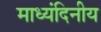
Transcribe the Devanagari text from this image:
माध्यंदिनीय